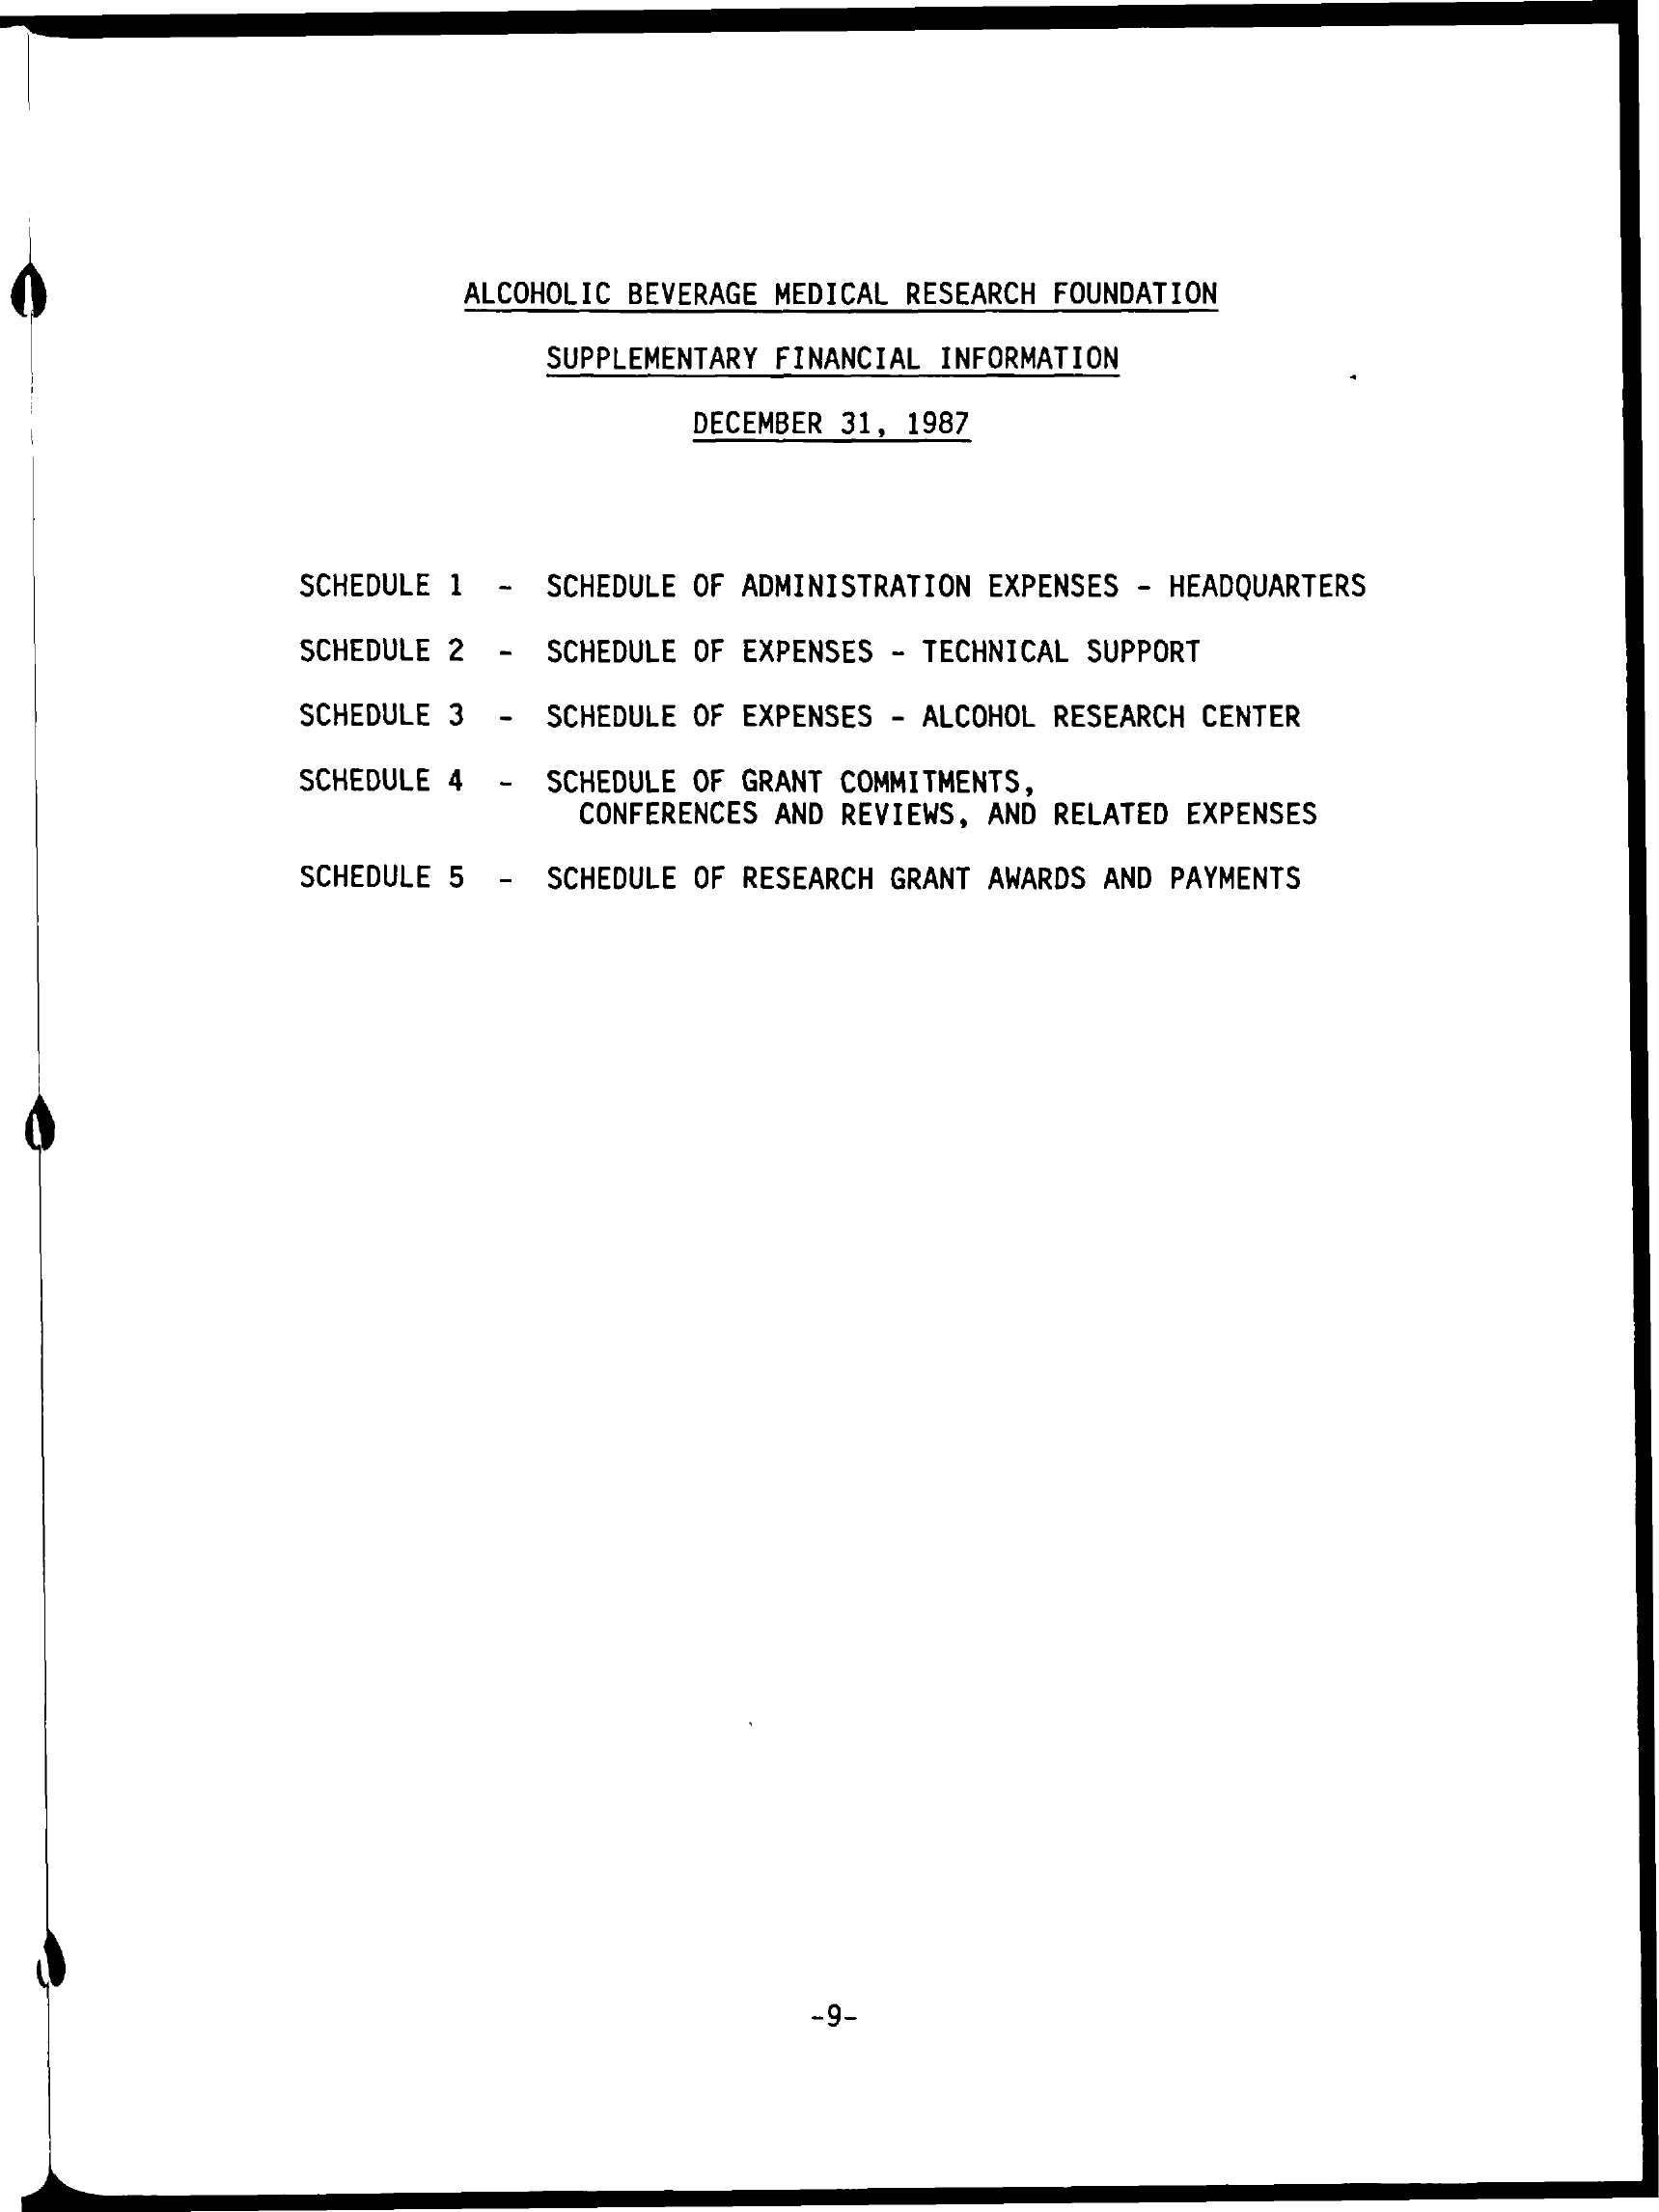
ALCOHOLIC BEVERAGE MEDICAL RESEARCH FOUNDATION
     SUPPLEMENTARY FINANCIAL INFORMATION
     DECEMBER 31, 1987
     SCHEDULE 1 - SCHEDULE OF ADMINISTRATION EXPENSES - HEADQUARTERS
     SCHEDULE 2 - SCHEDULE OF EXPENSES - TECHNICAL SUPPORT
     SCHEDULE 3 - SCHEDULE OF EXPENSES - ALCOHOL RESEARCH CENTER
     SCHEDULE 4 - SCHEDULE OF GRANT COMMITMENTS,
     CONFERENCES AND REVIEWS, AND RELATED EXPENSES
     SCHEDULE 5 - SCHEDULE OF RESEARCH GRANT AWARDS AND PAYMENTS